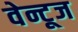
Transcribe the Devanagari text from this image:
वेन्टूज